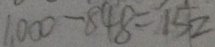
1 0 0 0 - 8 4 8 = 1 5 2